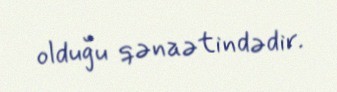
olduğu qənaətindədir.